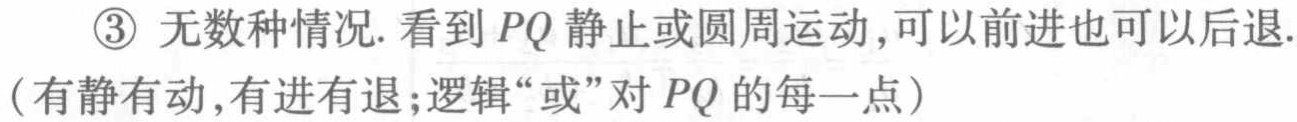
\textcircled{3} 无数种情况. 看到 \(PQ\) 静止或圆周运动,可以前进也可以后退.

(有静有动,有进有退;逻辑“或”对 \(PQ\) 的每一点)